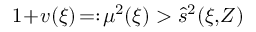
1 \! + \! v ( \xi ) \! = : \! \mu ^ { 2 } ( \xi ) > \hat { s } ^ { 2 } ( \xi , \! Z )